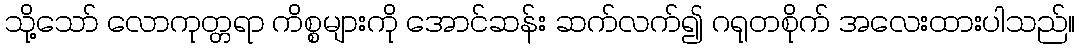
သို့သော် လောကုတ္တရာ ကိစ္စများကို အောင်ဆန်း ဆက်လက်၍ ဂရုတစိုက် အလေးထားပါသည်။